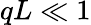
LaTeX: qL\ll 1